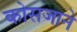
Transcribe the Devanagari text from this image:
कोसजाने